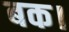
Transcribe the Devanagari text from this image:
बक।